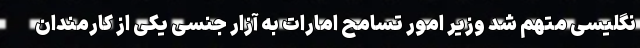
نگلیسی متهم شد وزیر امور تسامح امارات به آزار جنسی یکی از کارمندان